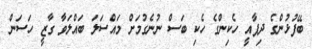
ބޭފުޅުންގެ ދިފާއީ ހެކިންގެ ހެކި ބަސް ނުނެގުމަށް މައްސަލަ ބައްލަވާ ގާޒީ ހަސަން